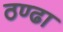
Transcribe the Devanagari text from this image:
ठण्ढा